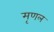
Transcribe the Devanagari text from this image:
मृणल